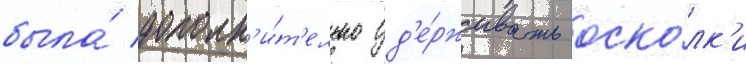
была́ дополн'и́т'ельно уд'е́рживать оско́лк'и